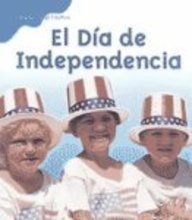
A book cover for El Dma de Independencia (Independence Day) (Historias de Fiestas (Holiday Histories)) (Spanish Edition); Mir Tamim Ansary; Children's Books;